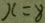
x = 8